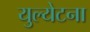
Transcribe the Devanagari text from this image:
युल्येटना